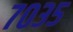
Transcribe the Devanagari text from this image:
७०३५